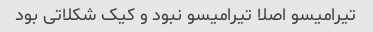
تیرامیسو اصلا تیرامیسو نبود و کیک شکلاتی بود